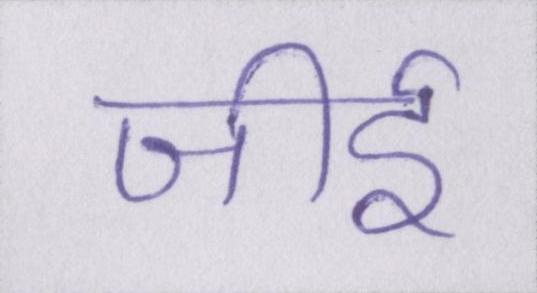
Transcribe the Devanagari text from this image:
जीर्इ